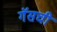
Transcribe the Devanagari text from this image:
गॅसची